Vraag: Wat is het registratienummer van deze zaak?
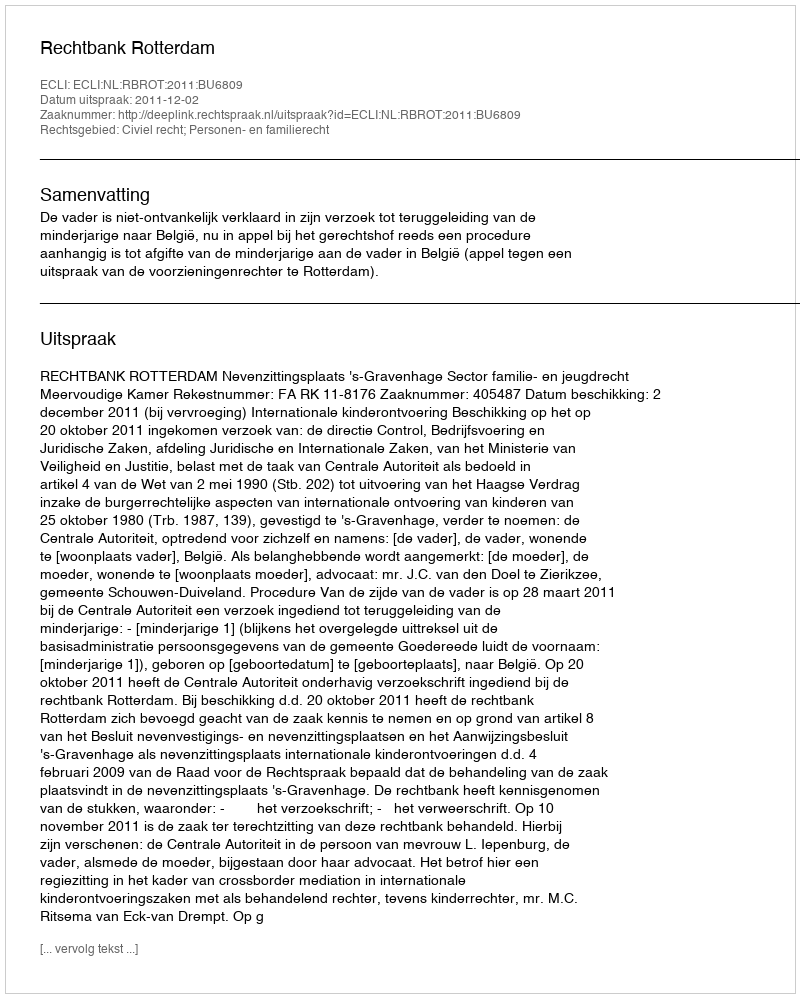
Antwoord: http://deeplink.rechtspraak.nl/uitspraak?id=ECLI:NL:RBROT:2011:BU6809